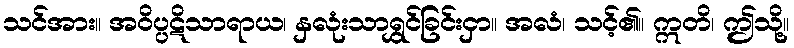
သင်အား။ အဝိပ္ပဋိသာရာယ၊ နှလုံးသာရွှင်ခြင်းငှာ။ အလံ၊ သင့်၏။ ဣတိ၊ ဤသို့။